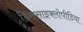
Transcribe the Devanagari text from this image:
डिससाइक्लोपीडिया